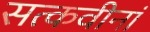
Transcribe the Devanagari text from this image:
सत्कवीनां